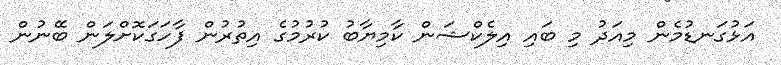
އަޅުގަނޑުމެން މިއަދު މި ބައި އިލެކްޝަން ކާމިޔާބު ކުރުމުގެ އިތުރުން ފާހަގަކޮށްލަން ބޭނުން